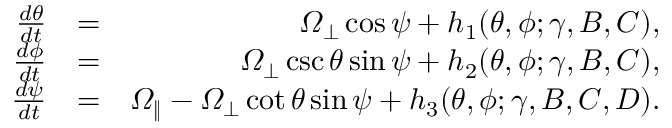
\begin{array} { r l r } { \frac { d \theta } { d t } } & { = } & { \itOmega _ { \perp } \cos \psi + h _ { 1 } ( \theta , \phi ; \gamma , B , C ) , } \\ { \frac { d \phi } { d t } } & { = } & { \itOmega _ { \perp } \csc \theta \sin \psi + h _ { 2 } ( \theta , \phi ; \gamma , B , C ) , } \\ { \frac { d \psi } { d t } } & { = } & { \itOmega _ { \| } - \itOmega _ { \perp } \cot \theta \sin \psi + h _ { 3 } ( \theta , \phi ; \gamma , B , C , D ) . } \end{array}